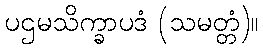
ပဌမသိက္ခာပဒံ (သမတ္တံ)။